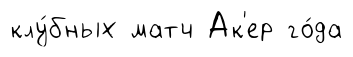
клу́бных матч Ак'ер го́да